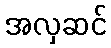
အလှဆင်